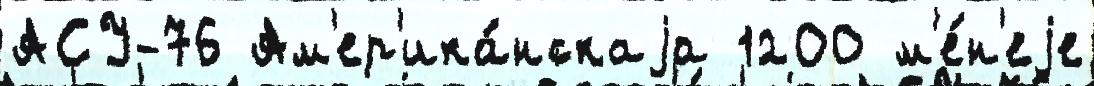
АСУ-76 Ам'ер'ика́нскаjа 1200 м'е́н'еjе